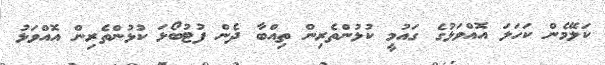
ކަލޭމެން ކަހަލަ އޮއްވަޅުގެ ގައުމީ ކުޅުންތެރިން ތިއްބާ ދެން ފުޓުބޯޅަ ކުޅުންތެރިން އޮއްވަޅު